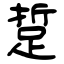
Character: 踅